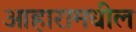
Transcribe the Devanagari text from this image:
आहारामधील